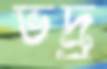
ভদ্র্র